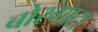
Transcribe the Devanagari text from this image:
बोरगाटा